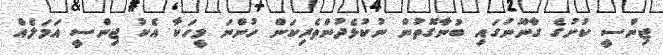
ޖިންސީ ކުށުގެ ގާނޫނުގައި ބުނާގޮތުން ނުކުޅެދުންތެރިކަން ހުންނަ މީހަކާ އެކު ޖިންސީ އަމަލެއް